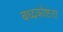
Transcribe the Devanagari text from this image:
बध्दकोष्टता